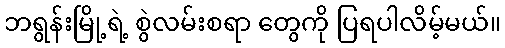
ဘရွန်းမြို့ရဲ့ စွဲလမ်းစရာ တွေကို ပြရပါလိမ့်မယ်။